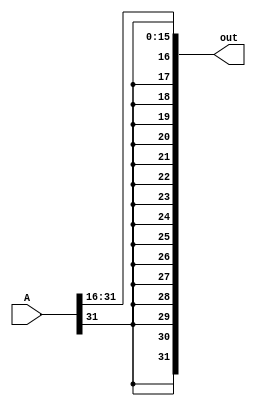
module sra16(out, A);
    input [31:0] A;
    output [31:0] out; 

    assign out[31:16] = {A[31], A[31], A[31], A[31], A[31], A[31], A[31], A[31], A[31], A[31], A[31], A[31], A[31], A[31], A[31], A[31]};
    assign out[15:0] = A[31:16];

endmodule